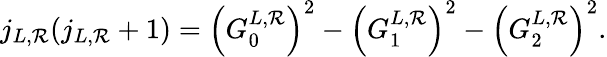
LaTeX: j_{L,\mathcal{R}}(j_{L,\mathcal{R}}+1)=\left(G_{0}^{L,\mathcal{R}}\right)^{2}-\left(G_{1}^{L,\mathcal{R}}\right)^{2}-\left(G_{2}^{L,\mathcal{R}}\right)^{2}.